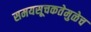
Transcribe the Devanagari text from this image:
समयसूचकतेमुळेच